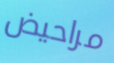
مراحيض